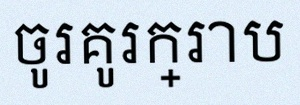
ចូរគូរក្រាប